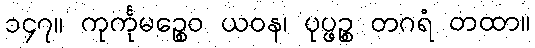
၁၄၇။ ကုင်္ကုမဉ္စေဝ ယဝန၊ ပုပ္ဖဉ္စ တဂရံ တထာ။